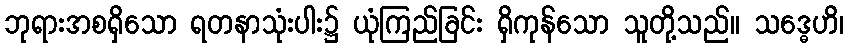
ဘုရားအစရှိသော ရတနာသုံးပါး၌ ယုံကြည်ခြင်း ရှိကုန်သော သူတို့သည်။ သဒ္ဓေဟိ၊